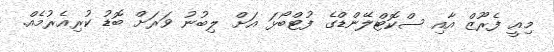
މިއީ ފެރޫޒް އާއި ސްކޮޓްލޭންޑްގެ ފުޓްބޯޅަ އަށް ލިބުނު ވަރަށް ބޮޑު ކުރިއެރުމެއް.